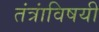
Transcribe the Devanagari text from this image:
तंत्रांविषयी